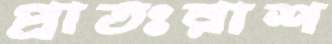
প্রাতঃরাশ